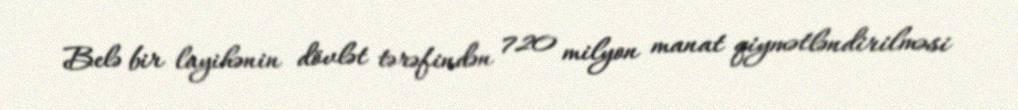
Belə bir layihənin dövlət tərəfindən 720 milyon manat qiymətləndirilməsi